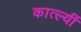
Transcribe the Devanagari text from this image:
कात्ल्यीं